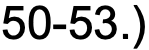
50-53.)